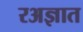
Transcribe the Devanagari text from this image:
रअज्ञात